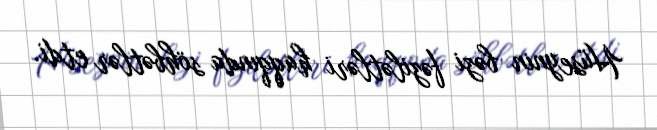
Hüseynin bəzi fəzilətləri haqqında söhbətlər etdi.